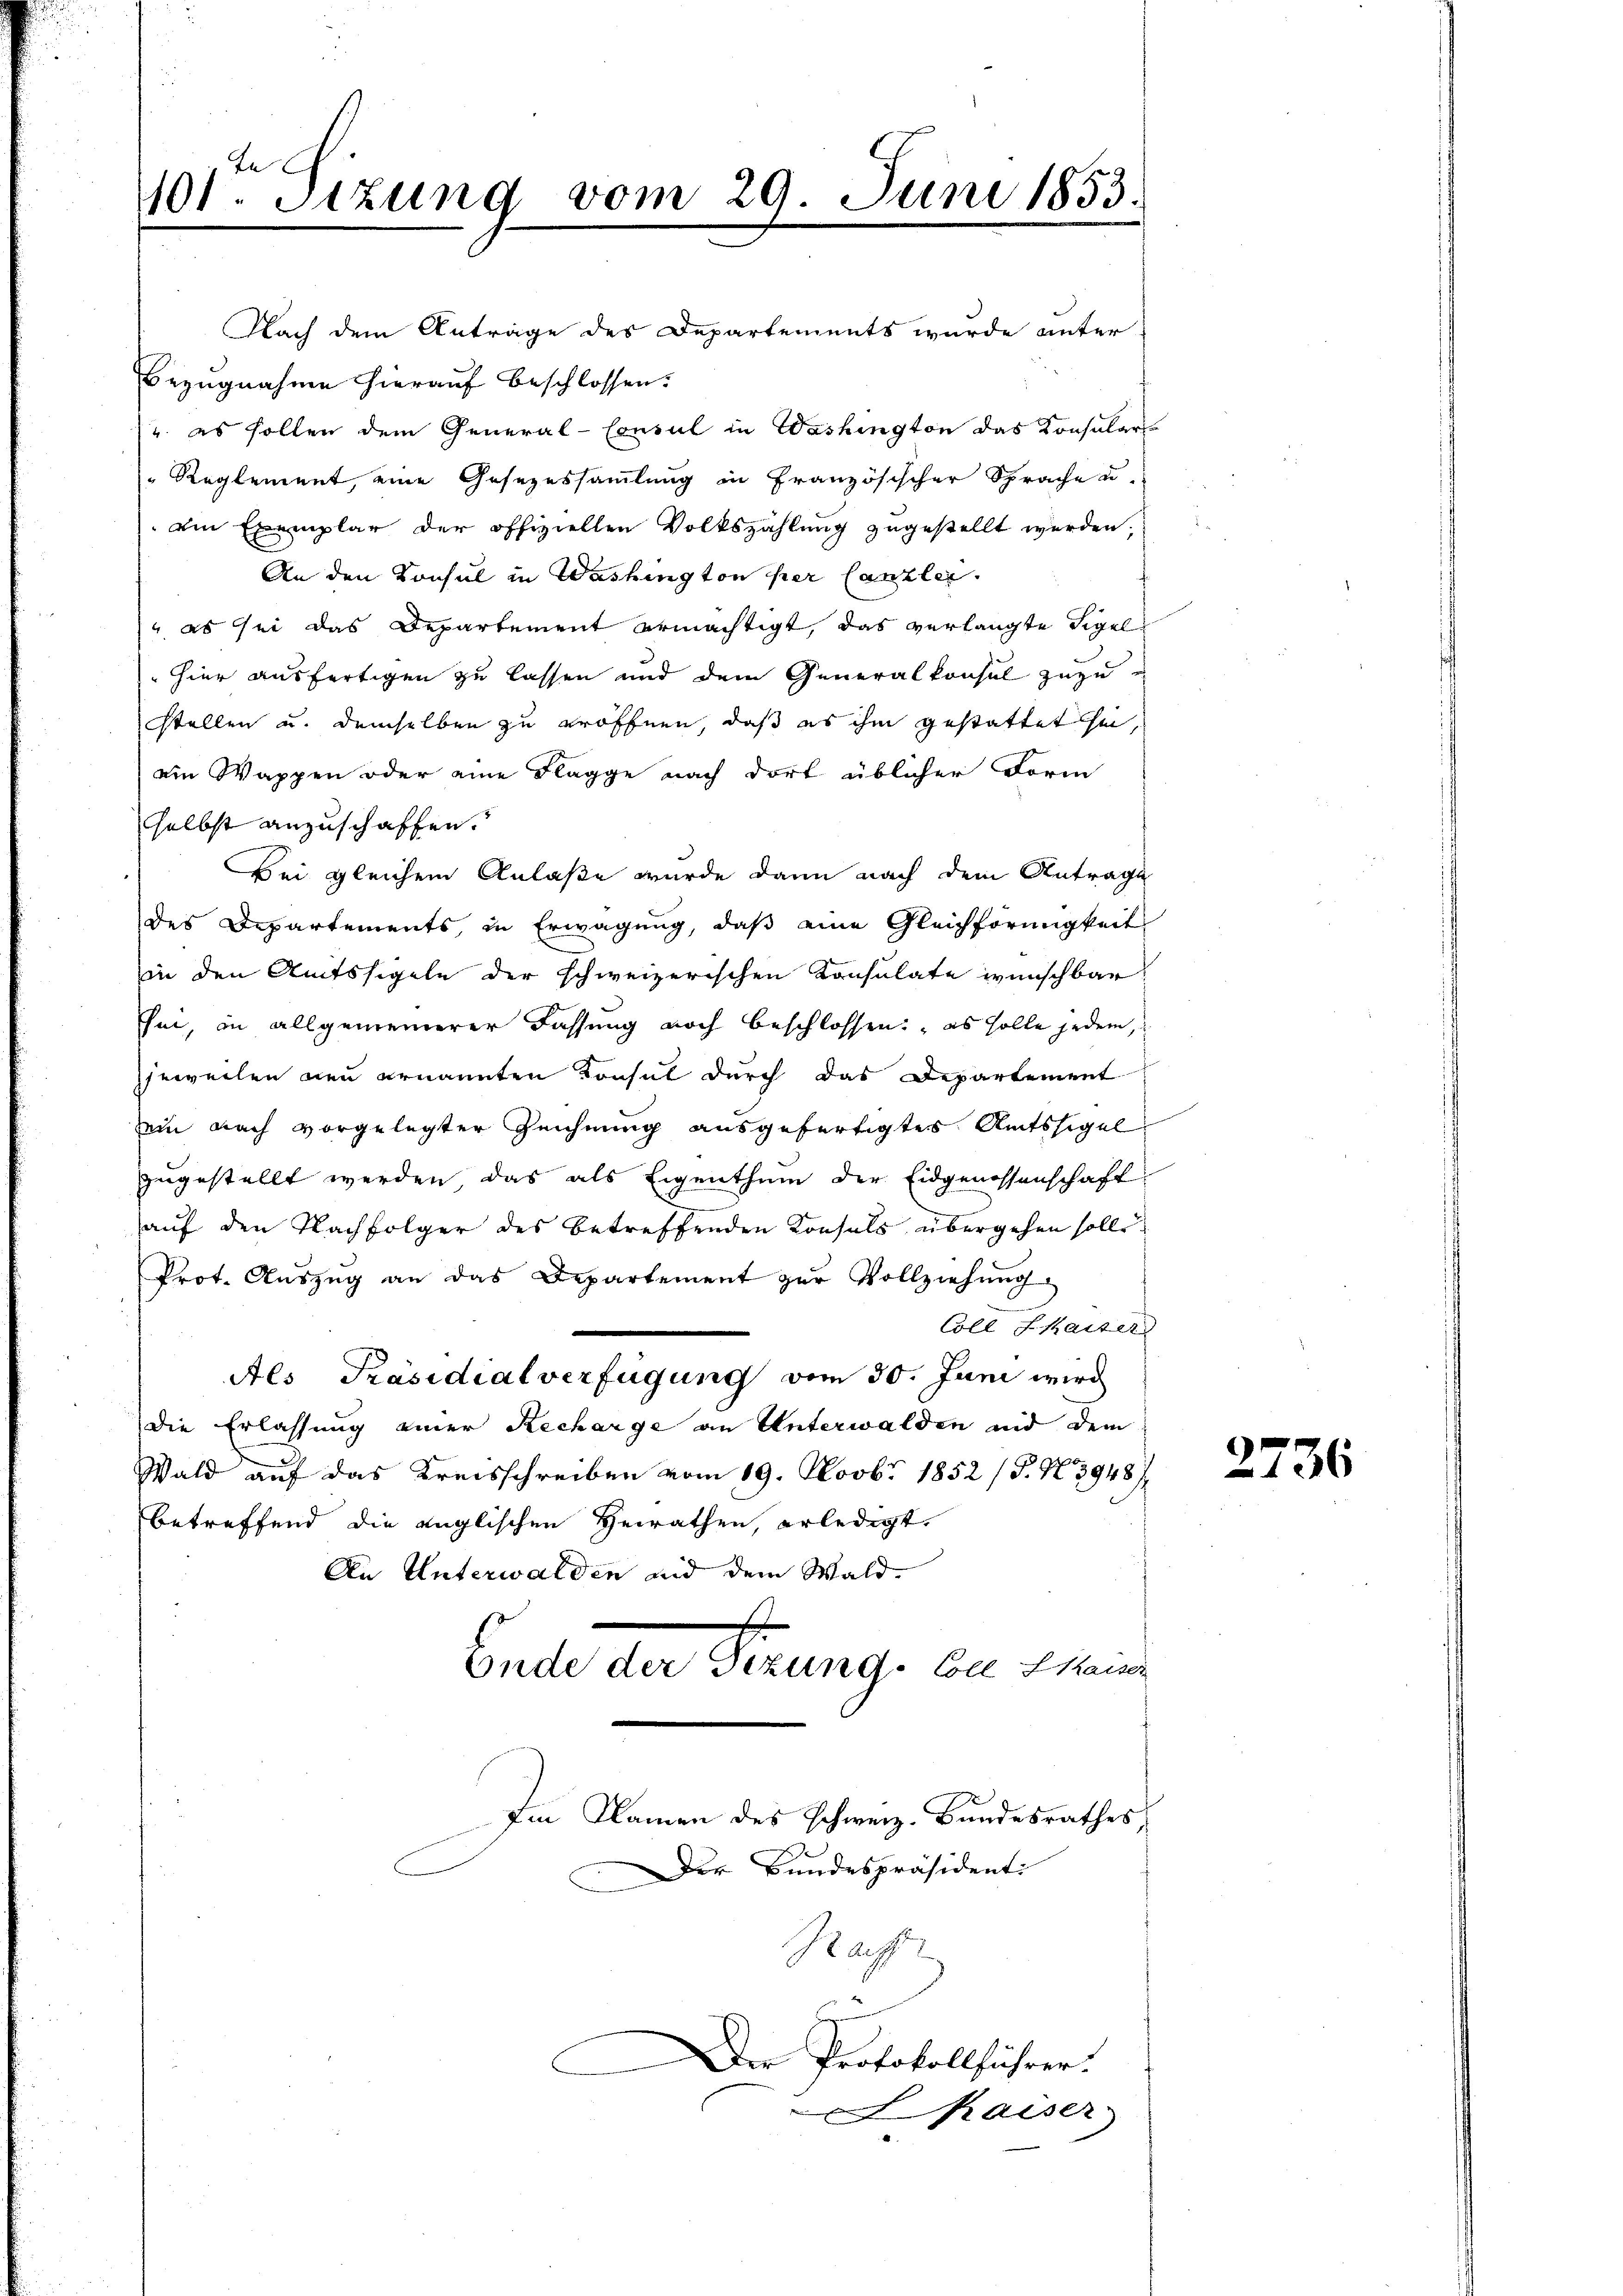
101ten Sizung vom 29. Juni 1853.

Nach dem Anträge des Departements wurde unter
Bezugnahme hierauf beschlossen:
". es sollen dem General-Consul in Washington das Konsular
Reglement, eine Gesezessammlung in Französischer Sprache u.
Ain Exemplar der offiziellen Volkszählung zugestellt werden.
An den Konsul in Washington per Canzler.
 es sei das Departement ermächtigt, das verlangte Sigel
hier ausfertigen zu lassen und dem Generalkonsul zuzustellen u. demselben zu eröffnen, daß es ihm gestattet sei,
ain Wappen oder eine Flagge nach dort üblicher Form
selbst anzuschaffen.
Bei gleichem Anlaße wurde dann nach dem Antrage
des Departements, in Erwägung, daß eine Gleichförmigkeit
in den Amtssigeln der schweizerischen Konsulate wünschbar
sei, in allgemeinerer Fassung noch beschlossen: „es solle jedem,
jeweilen neu ernannten Konsul durch das Departement
ein nach vorgelegter Zeichnung ausgefertigtes Amtssigel
zugestellt werden, das als Eigenthum der Eidgenossenschaft
auf den Nachfolger des betreffenden Konsuls übergehen solle
Prot. Aŭszŭg an das Departement zŭr Vollziehŭng
Coll haiser
Als Präsidialverfügung vom 30. Juni wird
die Erlassung einer Recharge an Unterwalden und dem
Wald auf das Kreisschreiben vom 19. Novbr 1852 (T. N. 3948/
betreffend die englischen Herrathen, erledigt.
An Unterwalden und dem Wald
Concle der Berung, die drei
Im Namen des schweiz. Bundesrathes,
Der Bundespräsidenti
Nacht
Der Protokollführer.
kaiser,

2736